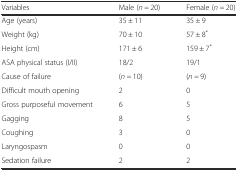
<table><thead><tr><td><b>Variables</b></td><td><b>Male (<i>n =</i> 20)</b></td><td><b>Female (<i>n =</i> 20)</b></td></tr></thead><tbody><tr><td>Age (years)</td><td>35 ± 11</td><td>35 ± 9</td></tr><tr><td>Weight (kg)</td><td>70 ± 10</td><td>57 ± 8<sup>*</sup></td></tr><tr><td>Height (cm)</td><td>171 ± 6</td><td>159 ± 7<sup>*</sup></td></tr><tr><td>ASA physical status (I/II)</td><td>18/2</td><td>19/1</td></tr><tr><td>Cause of failure</td><td>(<i>n =</i> 10)</td><td>(<i>n =</i> 9)</td></tr><tr><td>Difficult mouth opening</td><td>2</td><td>0</td></tr><tr><td>Gross purposeful movement</td><td>6</td><td>5</td></tr><tr><td>Gagging</td><td>8</td><td>5</td></tr><tr><td>Coughing</td><td>3</td><td>0</td></tr><tr><td>Laryngospasm</td><td>0</td><td>0</td></tr><tr><td>Sedation failure</td><td>2</td><td>2</td></tr></tbody></table>